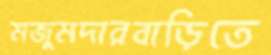
মজুমদারবাড়িতে